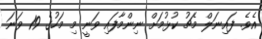
އެވެ. ފައިނަލް މެޗު ކުޅުމަށް ނިންމާފައި ވަނީ މި މަހުގެ 19 ވަނަ